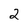
Character: 2